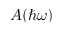
A ( \hbar \omega )